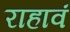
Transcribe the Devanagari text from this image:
राहावं